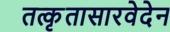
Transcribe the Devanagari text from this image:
तत्कृतासारवेदेन